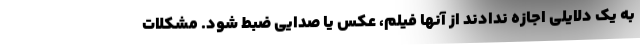
به یک دلایلی اجازه ندادند از آنها فیلم، عکس یا صدایی ضبط شود. مشکلات